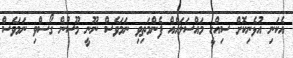
އެކަނި އުޅެނިކޮށް ސިއްހީ މައްސަލައެއް ފެންމަތިވި ނަމަވެސް ނޫނީ މޫސުން ގޯސްވި ނަމަވެސް